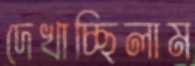
দেখাচ্ছিলাম